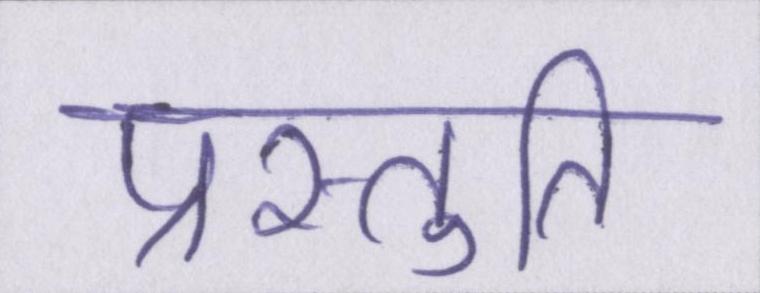
प्रस्तुति